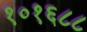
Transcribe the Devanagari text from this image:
१०१६८८